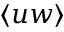
\langle u w \rangle